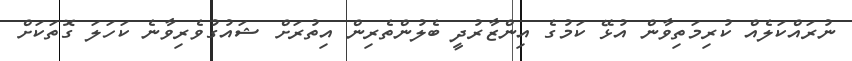
ނުރައްކަލެއް ކުރިމަތިވާން އުޅޭ ކަމުގެ އިންޒާރުދީ ބެލުންތެރިން އިތުރަށް ޝައުގުވެރިވާނެ ކަހަލަ ގޮތަކަށް